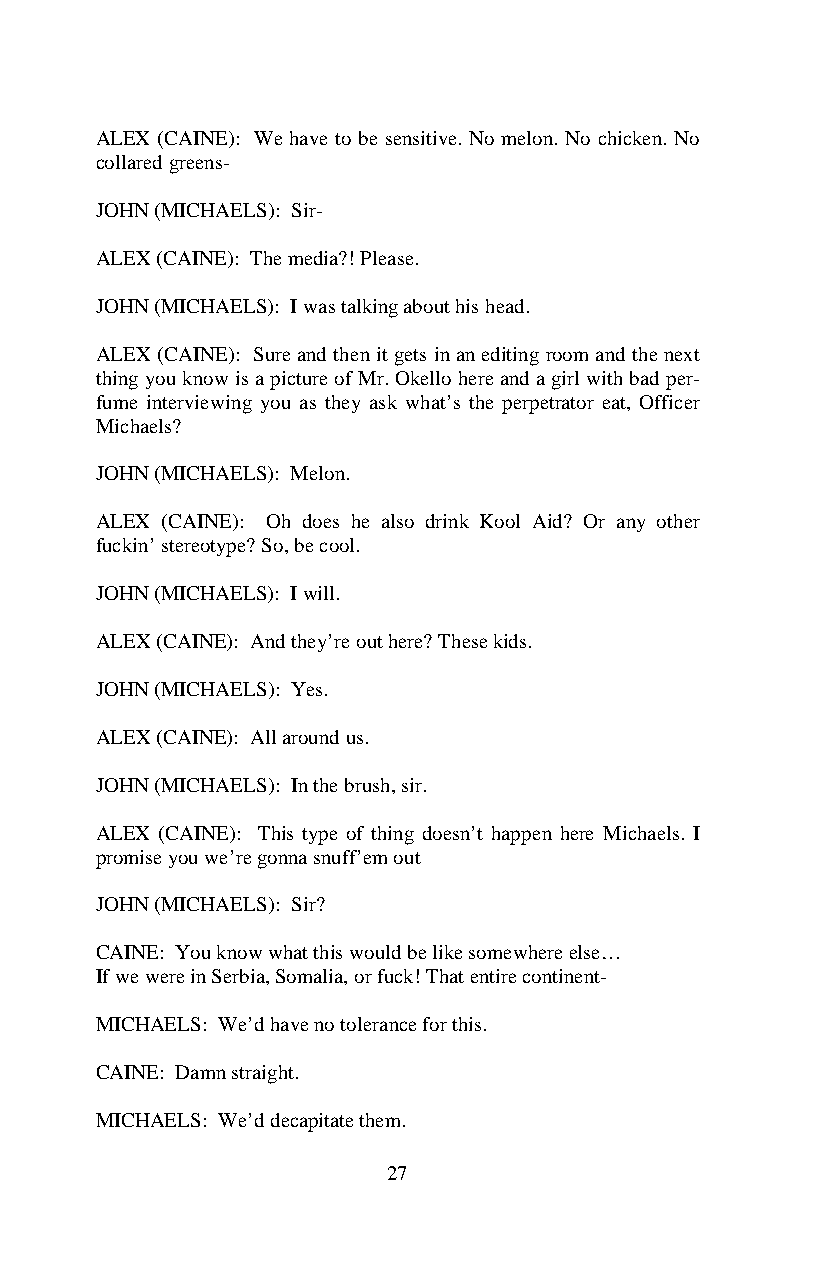
ALEX (CAINE): We have to be sensitive. No melon. No chicken. No
 collared greens-
 JOHN (MICHAELS): Sir-
 ALEX (CAINE): The media?! Please.
 JOHN (MICHAELS): I was talking about his head.
 ALEX (CAINE): Sure and then it gets in an editing room and the next
 thing you know is a picture of Mr. Okello here and a girl with bad per-
 fume interviewing you as they ask what’s the perpetrator eat, Officer
 Michaels?
 JOHN (MICHAELS): Melon.
 ALEX (CAINE): Oh does he also drink Kool Aid? Or any other
 fuckin’ stereotype? So, be cool.
 JOHN (MICHAELS): I will.
 ALEX (CAINE): And they’re out here? These kids.
 JOHN (MICHAELS): Yes.
 ALEX (CAINE): All around us.
 JOHN (MICHAELS): In the brush, sir.
 ALEX (CAINE): This type of thing doesn’t happen here Michaels. I
 promise you we’re gonna snuff’em out
 JOHN (MICHAELS): Sir?
 CAINE: You know what this would be like somewhere else…
 If we were in Serbia, Somalia, or fuck! That entire continent-
 MICHAELS: We’d have no tolerance for this.
 CAINE: Damn straight.
 MICHAELS: We’d decapitate them.
 27